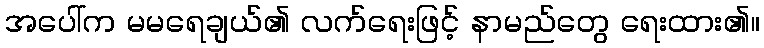
အပေါ်က မမရေချယ်၏ လက်ရေးဖြင့် နာမည်တွေ ရေးထား၏။